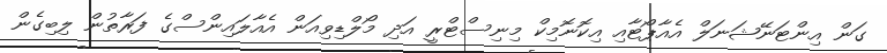
ގަން އިންޓަނޭޝަނަލް އެއާޕޯޓާއި އިކޮނޮމިކް މިނިސްޓްރީ އަދި މޯލްޑިވިއަން އެއާލައިންސްގެ ފަރާތުން ލިބިގެން